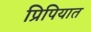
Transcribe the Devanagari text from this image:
प्रिपियात